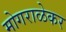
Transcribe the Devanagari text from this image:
मोगराळेकर